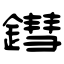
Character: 鏏